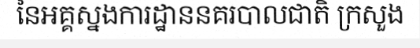
នៃអគ្គស្នងការដ្ឋាននគរបាលជាតិ ក្រសួង